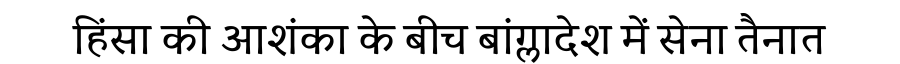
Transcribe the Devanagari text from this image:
हिंसा की आशंका के बीच बांग्लादेश में सेना तैनात